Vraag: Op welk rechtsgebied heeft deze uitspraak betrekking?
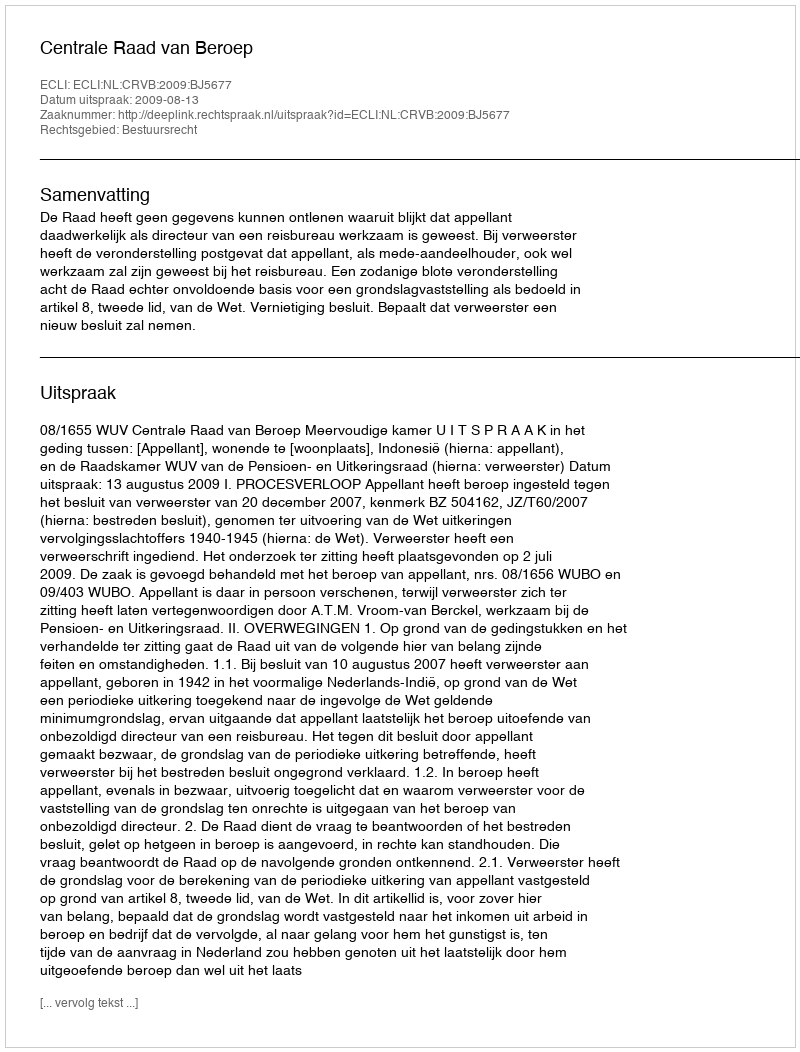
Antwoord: Bestuursrecht